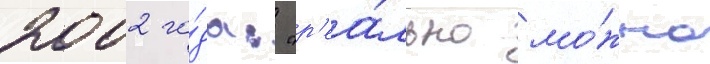
2002 го́да: "р'еа́льно мо́жно